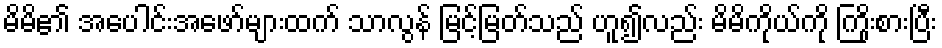
မိမိ၏ အပေါင်းအဖော်များထက် သာလွန် မြင့်မြတ်သည် ဟူ၍လည်း မိမိကိုယ်ကို ကြိုးစားပြီး